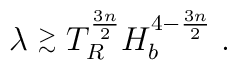
\lambda \stackrel{>}{_\sim} T_R^{\frac{3 n}{2}} H_b^{4 - \frac{3 n}{2}} \; .